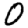
Digit: 0